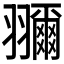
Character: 𦒤